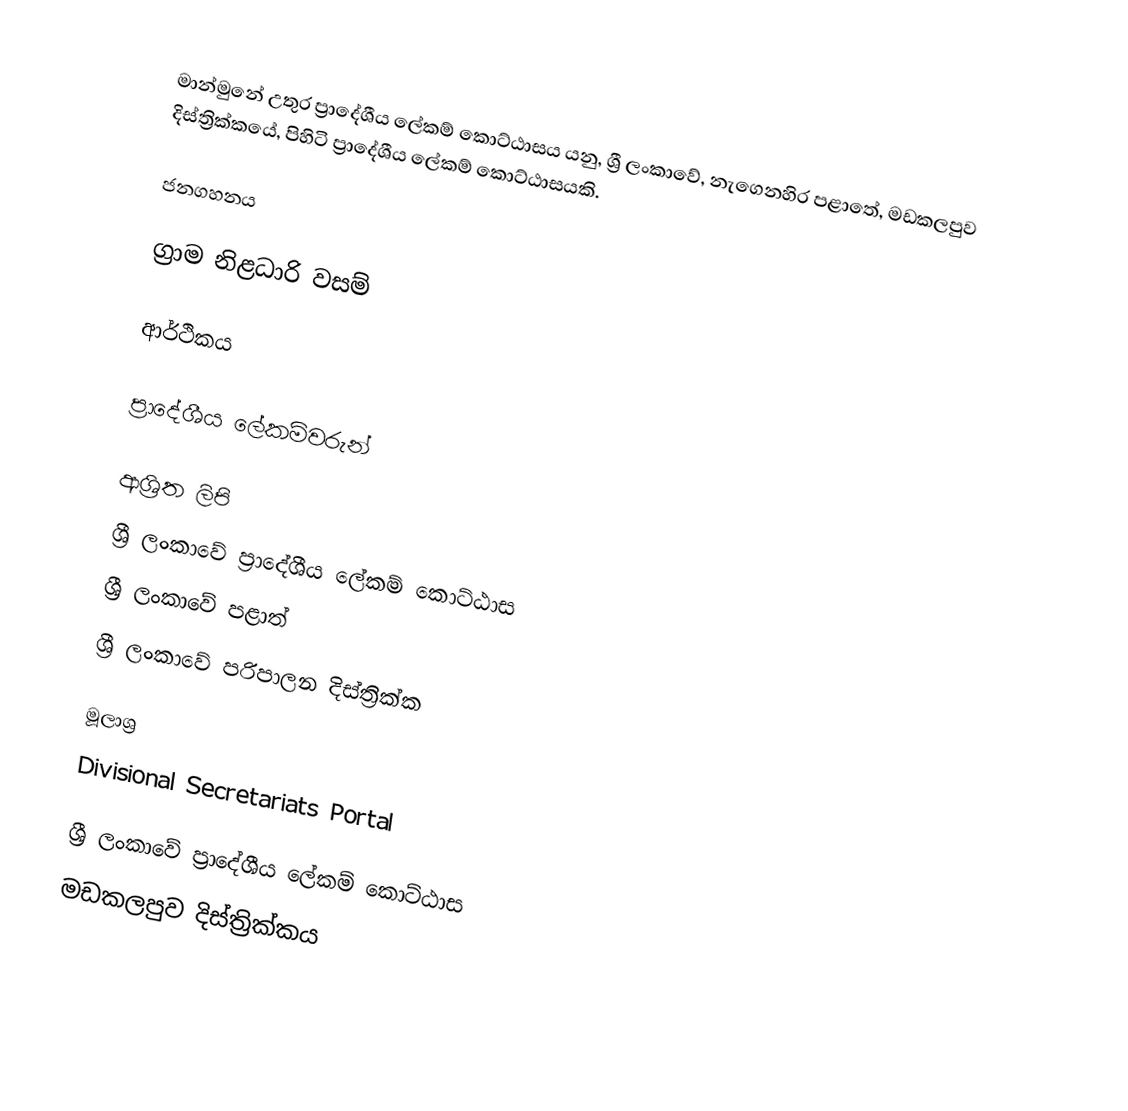
මාන්මුනේ උතුර ප්‍රාදේශීය ලේකම් කොට්ඨාසය යනු,  ශ්‍රී ලංකාවේ, නැගෙනහිර පළාතේ,   මඩකලපුව දිස්ත්‍රික්කයේ, පිහිටි ප්‍රාදේශීය ලේකම් කොට්ඨාසයකි.

ජනගහනය

ග්‍රාම නිළධාරි වසම්

ආර්ථිකය

ප්‍රාදේශීය ලේකම්වරුන්

ආශ්‍රිත ලිපි
ශ්‍රී ලංකාවේ ප්‍රාදේශීය ලේකම් කොට්ඨාස
ශ්‍රී ලංකාවේ පළාත්
ශ්‍රී ලංකාවේ පරිපාලන දිස්ත්‍රික්ක

මූලාශ්‍ර
 Divisional Secretariats Portal

ශ්‍රී ලංකාවේ ප්‍රාදේශීය ලේකම් කොට්ඨාස
මඩකලපුව දිස්ත්‍රික්කය